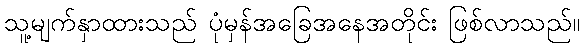
သူ့မျက်နှာထားသည် ပုံမှန်အခြေအနေအတိုင်း ဖြစ်လာသည်။